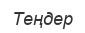
Теңдер